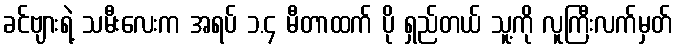
ခင်ဗျားရဲ့ သမီးလေးက အရပ် ၁.၄ မီတာထက် ပို ရှည်တယ် သူ့ကို လူကြီးလက်မှတ်